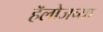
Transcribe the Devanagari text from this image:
हॅलोजच्या